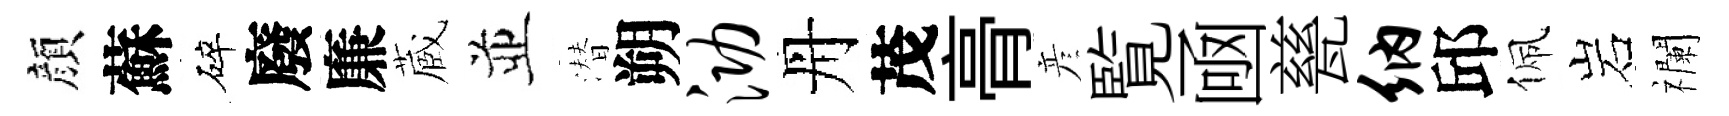
顔蘇碎廢廉蔵並潜朔泐丹茂𮌔彦覧凾甆纳邱佩岩襴